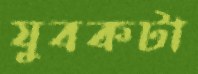
যুবকটা